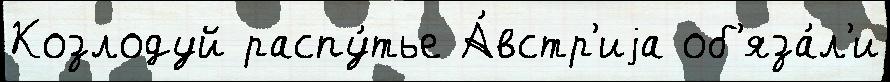
Козлодуй распу́тье А́встр'иjа об'яза́л'и